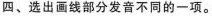
四、选出画线部分发音不同的一项.